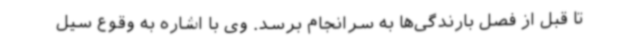
تا قبل از فصل بارندگی‌ها به سرانجام برسد. وی با اشاره به وقوع سیل